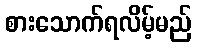
စားသောက်ရလိမ့်မည်